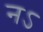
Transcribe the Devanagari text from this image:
नऽ